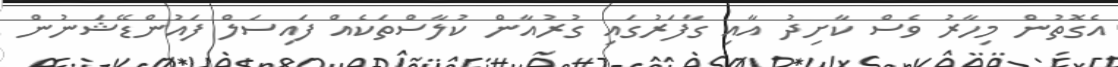
އެގޮތުން މިހާރު ވެސް ކާށިދު އާއި ގާފަރުގައި ގުރުއާން ކުލާސްތަކެއް ފައިސަލް ފައުންޑޭޝަނުން